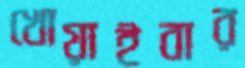
খোয়াইবার